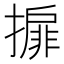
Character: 𢵞